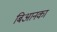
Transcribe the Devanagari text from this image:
बिआनका